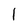
Character: l